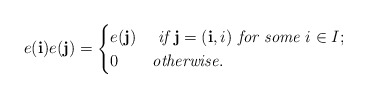
\begin{align*}e(\mathbf{i})e(\mathbf{j})=\begin{cases}e(\mathbf{j}) &\textit{ if }\mathbf{j}=(\mathbf{i},i) \textit{ for some }i\in I;\\0 &\textit{otherwise}.\end{cases}\end{align*}